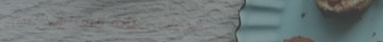
خدمات صيانة السيارات المي